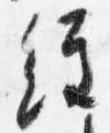
経